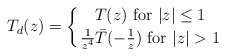
\begin{align*}T_d(z) = \left\{ {T(z) \ {\rm for} \ \vert z \vert \leq 1 }\atop { {1 \over { z^4} } \bar T(-{1 \over z}) \ {\rm for} \ \vert z\vert >1 }\right. \ \end{align*}